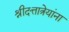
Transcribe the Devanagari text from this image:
श्रीदत्तात्रेयांना